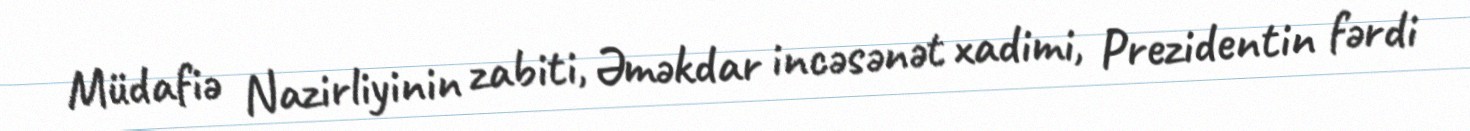
Müdafiə Nazirliyinin zabiti, Əməkdar incəsənət xadimi, Prezidentin fərdi